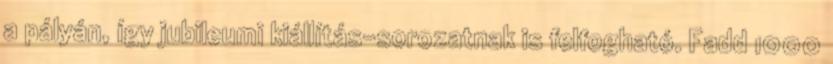
a pályán, így jubileumi kiállítás-sorozatnak is felfogható. Fadd 1000